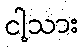
ငါ့သား